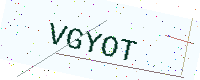
Text: VGYOT